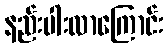
နည်းပါးလာကြောင်း